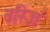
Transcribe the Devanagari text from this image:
वरिज़ं